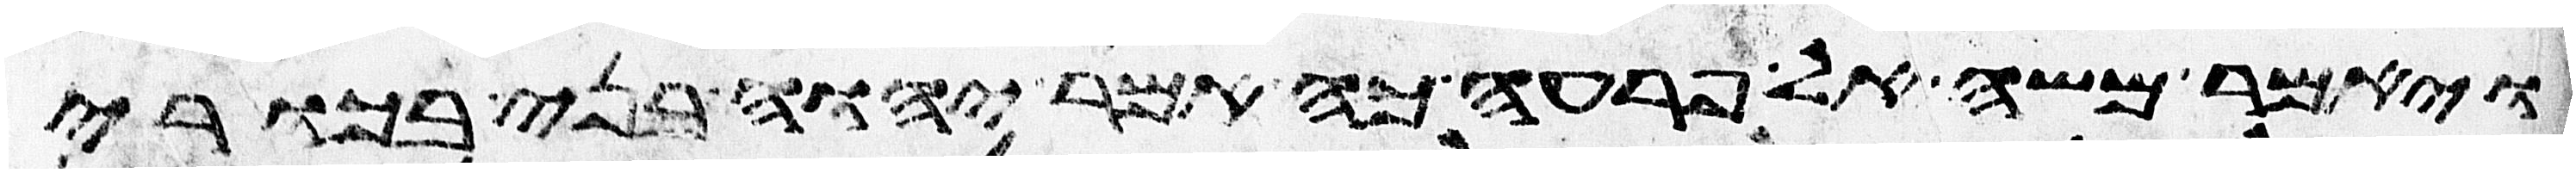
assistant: ויאמר משה אל פרעה כה אמר יהוה בני בכורי